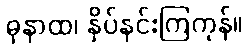
ဓုနာထ၊ နှိပ်နင်းကြကုန်။